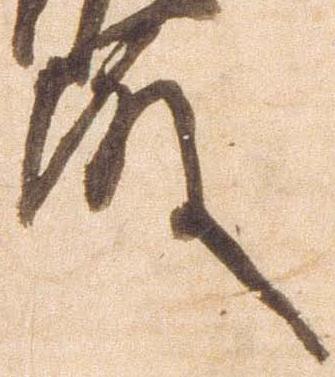
殿